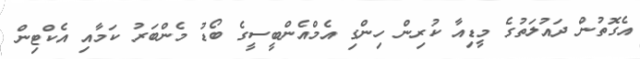
އެގޮތުން ދައުލަތުގެ މީޑިއާ ކުރިން ހިންގި އެމްއެންބީސީގެ ބޯޑު މެންބަރު ކަމާއި އެކްޓިން